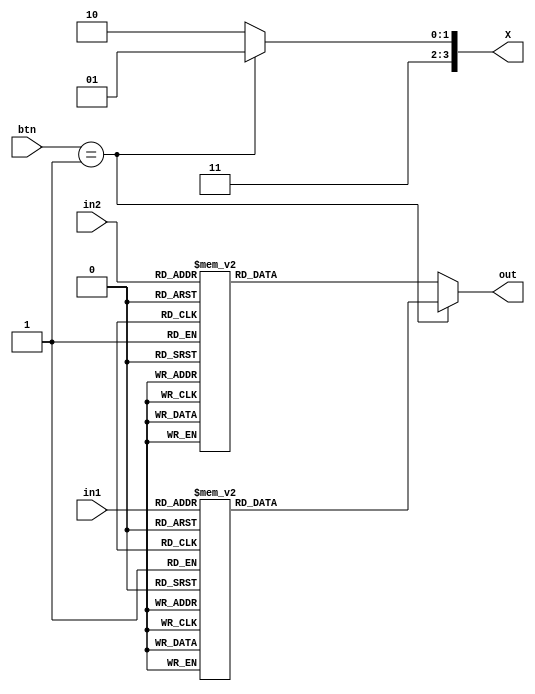
`timescale 1ns / 1ps
//////////////////////////////////////////////////////////////////////////////////
// Company: 
// Engineer: 
// 
// Design Name: 
// Module Name: bin2seg
// Project Name: 
// Target Devices: 
// Tool Versions: 
// Description: 
// 
// Dependencies: 
// 
// Revision:
// Revision 0.01 - File Created
// Additional Comments:
// 
//////////////////////////////////////////////////////////////////////////////////


module bin2seg(
    input [3:0] in1,
    input [3:0] in2,
    input [1:0] btn,
    output reg [6:0] out,
    output reg [3:0] X 
    
    );
    always@(in1, in2)
    begin
    if(btn == 1) begin
        case(in1)
        1: out <= 7'b1001111;
        2: out <= 7'b0100100;
        3: out <= 7'b0110000;
        4: out <= 7'b0011001;
        5: out <= 7'b0010010;
        6: out <= 7'b0000010;
        7: out <= 7'b1111000;
        8: out <= 7'b0000000;
        9: out <= 7'b0010000;
        10: out <= 7'b0001000;
        11: out <= 7'b0000011;
        12: out <= 7'b1000110;
        13: out <= 7'b0100001;
        14: out <= 7'b0000110;
        15: out <= 7'b0001110;
        default: out <= 7'b1000000;
        endcase
        X <= 4'b1101;
        end
    else begin
        case(in2)
        1: out <= 7'b1001111;
        2: out <= 7'b0100100;
        3: out <= 7'b0110000;
        4: out <= 7'b0011001;
        5: out <= 7'b0010010;
        6: out <= 7'b0000010;
        7: out <= 7'b1111000;
        8: out <= 7'b0000000;
        9: out <= 7'b0010000;
        10: out <= 7'b0001000;
        11: out <= 7'b0000011;
        12: out <= 7'b1000110;
        13: out <= 7'b0100001;
        14: out <= 7'b0000110;
        15: out <= 7'b0001110;
        default: out <= 7'b1000000;
     endcase    
        X <= 4'b1110;
     end
     end
endmodule